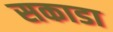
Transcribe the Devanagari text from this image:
सकाडा